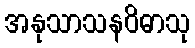
အနုသာသနဝိဓာသု